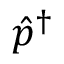
\Hat { p } ^ { \dag }